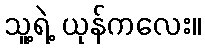
သူ့ရဲ့ ယုန်ကလေး။